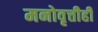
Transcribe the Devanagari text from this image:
मनोवृत्तीही